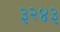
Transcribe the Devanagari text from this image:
३२४३